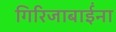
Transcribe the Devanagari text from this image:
गिरिजाबाईंना